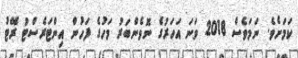
ކަމަށެވެ. ނަމަވެސް 2018 ވަނަ އަހަރުގެ ނޮވެންބަރު މަހުގެ ފަހުން އިންޓަރެސްޓު ރޭޓު